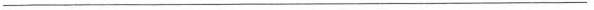
___